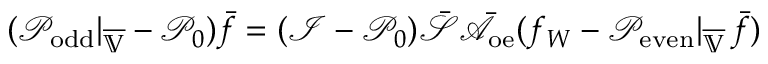
( \mathcal { P } _ { \mathrm { o d d } } | _ { \overline { { \mathbb { V } } } } - \mathcal { P } _ { 0 } ) \bar { f } = ( \mathcal { I } - \mathcal { P } _ { 0 } ) \bar { \mathcal { S } } \bar { \mathcal { A } } _ { \mathrm { o e } } ( f _ { W } - \mathcal { P } _ { \mathrm { e v e n } } | _ { \overline { { \mathbb { V } } } } \, \bar { f } )